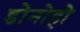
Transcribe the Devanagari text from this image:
डोनोहो